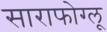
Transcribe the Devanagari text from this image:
साराफोग्लू